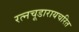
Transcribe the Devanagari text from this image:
रत्नचूडारायचरित